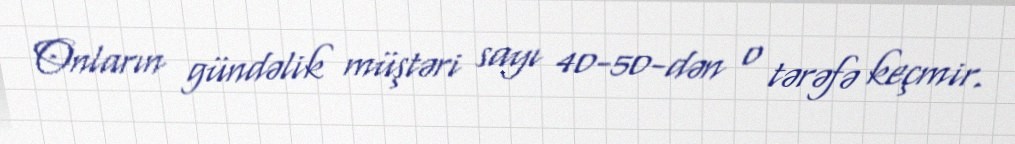
Onların gündəlik müştəri sayı 40-50-dən o tərəfə keçmir.